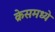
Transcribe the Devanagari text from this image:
क्रेसमध्ये